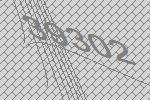
39302